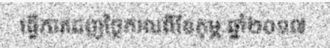
ធ្វើការដេញថ្លៃកាលពីខែកុម្ភៈឆ្នាំ២០១៧